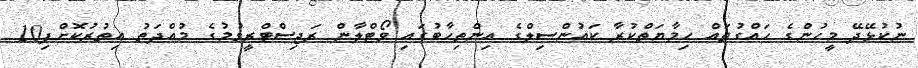
ނުކުޅޭދޭ މީހުންގެ ހައްގުތައް ހިމާޔަތްކުރާ ކައުންސިލްގެ އިންތިހާބުގައި ވޯޓްލާން ރަޖިސްޓްރީވުމުގެ މުއްދަތު އިތުރުކޮށްފި10